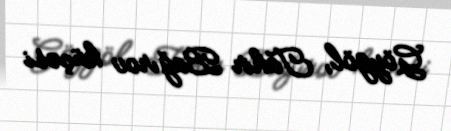
Göygöl, Tahir Bağırov küçəsi